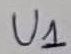
Text: U1